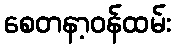
စေတနာ့ဝန်ထမ်း